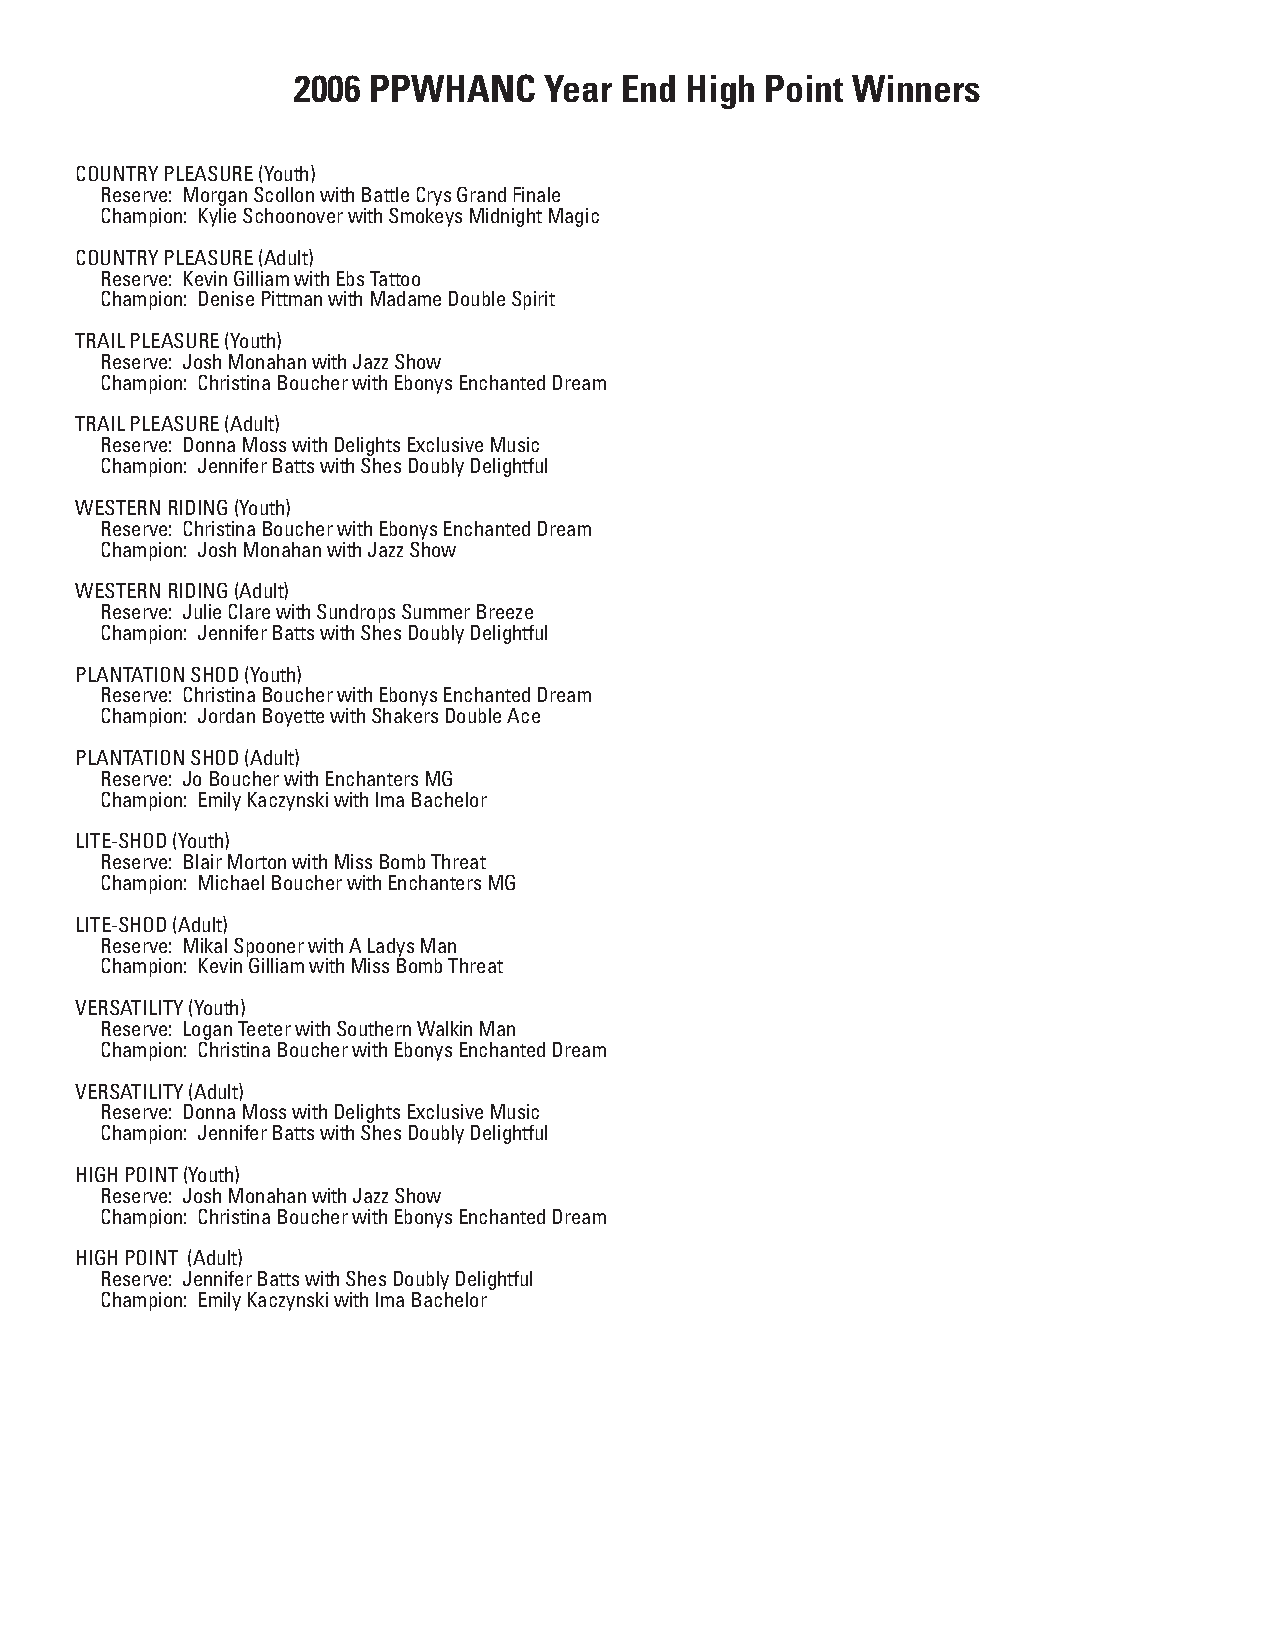
2006 PPWHANC     Year End High  Point Winners
 COUNTRY PLEASURE (Youth)
 Reserve: Morgan Scollon with Battle Crys Grand Finale
 Champion: Kylie Schoonover with Smokeys Midnight Magic
 COUNTRY PLEASURE (Adult)
 Reserve: Kevin Gilliam with Ebs Tattoo
 Champion: Denise Pittman with Madame Double Spirit
 TRAIL PLEASURE (Youth)
 Reserve: Josh Monahan with Jazz Show
 Champion: Christina Boucher with Ebonys Enchanted Dream
 TRAIL PLEASURE (Adult)
 Reserve: Donna Moss with Delights Exclusive Music
 Champion: Jennifer Batts with Shes Doubly Delightful
 WESTERN RIDING (Youth)
 Reserve: Christina Boucher with Ebonys Enchanted Dream
 Champion: Josh Monahan with Jazz Show
 WESTERN RIDING (Adult)
 Reserve: Julie Clare with Sundrops Summer Breeze
 Champion: Jennifer Batts with Shes Doubly Delightful
 PLANTATION SHOD (Youth)
 Reserve: Christina Boucher with Ebonys Enchanted Dream
 Champion: Jordan Boyette with Shakers Double Ace
 PLANTATION SHOD (Adult)
 Reserve: Jo Boucher with Enchanters MG
 Champion: Emily Kaczynski with Ima Bachelor
 LITE-SHOD (Youth)
 Reserve: Blair Morton with Miss Bomb Threat
 Champion: Michael Boucher with Enchanters MG
 LITE-SHOD (Adult)
 Reserve: Mikal Spooner with A Ladys Man
 Champion: Kevin Gilliam with Miss Bomb Threat
 VERSATILITY (Youth)
 Reserve: Logan Teeter with Southern Walkin Man
 Champion: Christina Boucher with Ebonys Enchanted Dream
 VERSATILITY (Adult)
 Reserve: Donna Moss with Delights Exclusive Music
 Champion: Jennifer Batts with Shes Doubly Delightful
 HIGH POINT (Youth)
 Reserve: Josh Monahan with Jazz Show
 Champion: Christina Boucher with Ebonys Enchanted Dream
 HIGH POINT (Adult)
 Reserve: Jennifer Batts with Shes Doubly Delightful
 Champion: Emily Kaczynski with Ima Bachelor